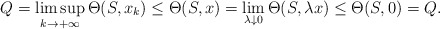
\begin{align*}Q=\limsup_{k\to+\infty}\Theta(S,x_k) \leq \Theta (S, x) = \lim_{\lambda \downarrow 0} \Theta (S, \lambda x) \leq \Theta(S,0) = Q.\end{align*}